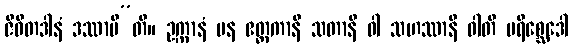
ဇီဝိတဒါနံ ဒဿာမီ”တိ။ ဥက္ကာနံ ပန ဧတ္တကာနိ သတာနိ ဝါ သဟဿာနိ ဝါတိ ပရိစ္ဆေဒေါ